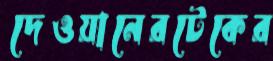
দেওয়ানেরটেকের